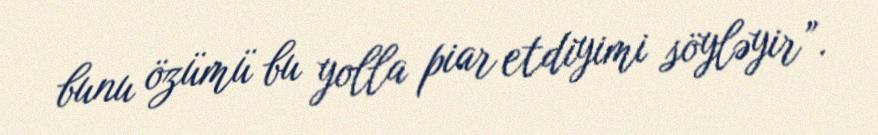
bunu özümü bu yolla piar etdiyimi söyləyir”.